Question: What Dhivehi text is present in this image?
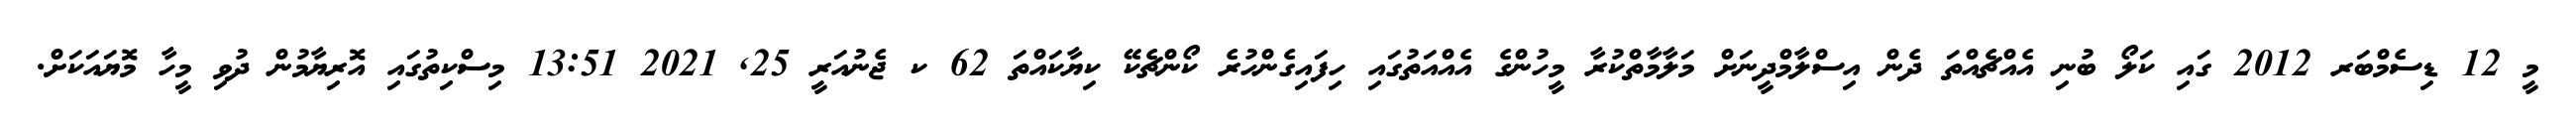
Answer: މީ 12 ޑިސެމްބަރ 2012 ގައި ކަލޯ ބުނި އެއްޗެއްތަ ދެން އިސްލާމްދީނަށް މަލާމާތްކުރާ މީހުންގެ އެއްއަތުގައި ހިފައިގެންހުރެ ކޯންޗެކޭ ކިޔާކައްތަ 62 ކ ޖެނުއަރީ 25, 2021 13:51 މިސްކިތުގައި އޮރިޔާމުން ދުވި މީހާ މޮޔައަކަށް.